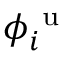
\phi _ { i } ^ { \mathrm { ~ u ~ } }